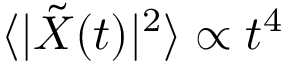
\langle | \tilde { X } ( t ) | ^ { 2 } \rangle \propto t ^ { 4 }